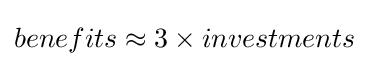
benefits\approx 3\times investments